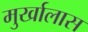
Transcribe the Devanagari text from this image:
मुर्खालास